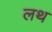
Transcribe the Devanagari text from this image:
लथ